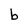
Character: b